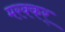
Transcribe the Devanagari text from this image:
मरक्कर्